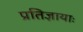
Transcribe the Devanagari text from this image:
प्रतिज्ञायाः